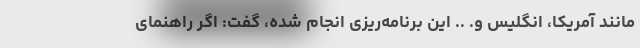
مانند آمریکا، انگلیس و. .. این برنامه‌ریزی انجام شده، گفت: اگر راهنمای